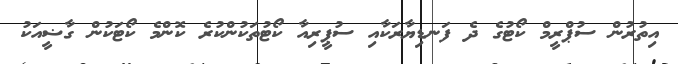
އިތުރުން ސުޕްރީމް ކޯޓުގެ ދެ ފަނޑިޔާރަކާއި ސުޕީރިއާ ކޯޓުތަކުންކުރެ ކޮންމެ ކޯޓަކުން ގާޟީއަކު